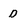
Character: D